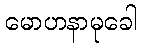
မောဟနာမုခေါ